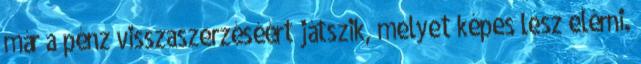
már a pénz visszaszerzéséért játszik, melyet képes lesz elérni.